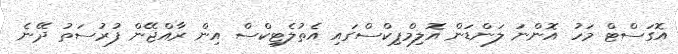
އޮގަސްޓް މަހު އޮންނަ ލަންޑަން އޮލިމްޕިކްސްގައި އެތުލެޓިކްސް އިން ރާއްޖޭން ފުރުސަތު ދޭނެ